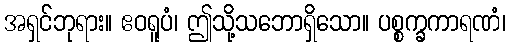
အရှင်ဘုရား။ ဧဝရူပံ၊ ဤသို့သဘောရှိသော။ ပစ္စက္ခကာရဏံ၊